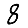
Digit: 8